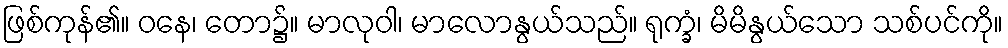
ဖြစ်ကုန်၏။ ဝနေ၊ တော၌။ မာလုဝါ၊ မာလောနွယ်သည်။ ရုက္ခံ၊ မိမိနွယ်သော သစ်ပင်ကို။